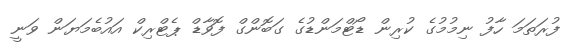
ފުރަތަމަ ހާފު ނިމުމުގެ ކުރިން ޑޯޓްމަންޑުގެ ގަބޮންގް ފޮވާޑް ޕެޓްރިކް އައުބެމަޔަން ވަނީ